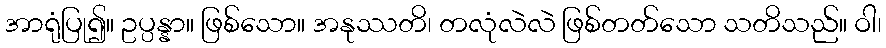
အာရုံပြု၍။ ဥပ္ပန္နာ။ ဖြစ်သော။ အနုဿတိ၊ တလုံလဲလဲ ဖြစ်တတ်သော သတိသည်။ ဝါ၊